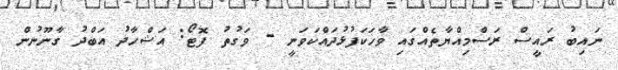
ނައިބު ރައީސް ރަސްމިއްޔާތެއްގައި ވާހަކަފުޅުދައްކަވަނީ - ވަގުތު ފޮޓޯ: އަޝްހާދު އަބްދު ގާނޫނުން